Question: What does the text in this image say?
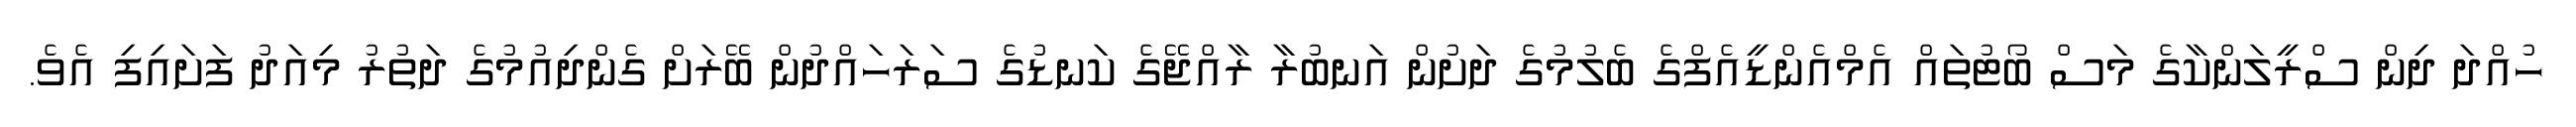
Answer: ހުއްދަ ދިން ސްރީލަންކާގެ މަސް ބޯޓުތައް އެމްއެންޑީއެފްގެ ބެލުމުގެ ދަށުން އަނބުރާ ރާއްޖޭގެ ކަނޑުގެ ސަރަހައްދުން ބޭރަށް ގެންދިއުމުގެ ދަތުރު މިއަދު ފަށައިފި އެވެ.